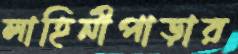
লাহিনীপাড়ার